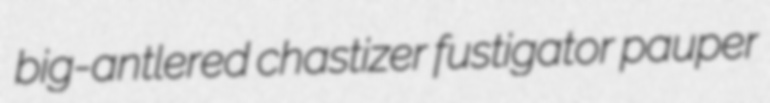
big-antlered chastizer fustigator pauper